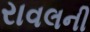
રાવલની